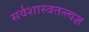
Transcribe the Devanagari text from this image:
सर्वशास्त्रतत्त्वज्ञ